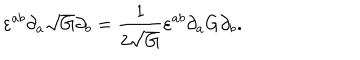
\varepsilon ^ { a b } \partial _ { a } \sqrt { G } \partial _ { b } = \frac { 1 } { 2 \sqrt { G } } \varepsilon ^ { a b } \partial _ { a } G \partial _ { b } .